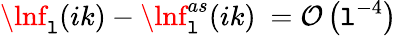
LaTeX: \lnf_{\mathtt{l}}(ik)-\lnf_{\mathtt{l}}^{as}(ik)\ ={\cal\mathcal{O}}\left(\mathtt{l}^{-4}\right)